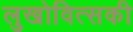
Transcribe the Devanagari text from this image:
लुखोवित्सकी